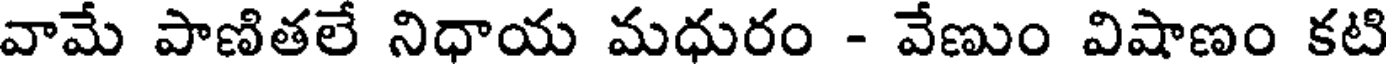
వామే పాణితలే నిధాయ మధురం - వేణుం విషాణం కటి